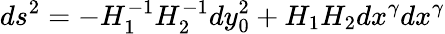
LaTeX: ds^{2}=-H_{1}^{-1}H_{2}^{-1}dy_{0}^{2}+H_{1}H_{2}dx^{\gamma}dx^{\gamma}